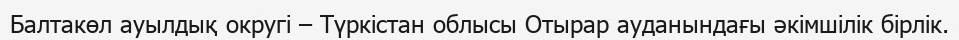
Балтакөл ауылдық округі – Түркістан облысы Отырар ауданындағы әкімшілік бірлік.